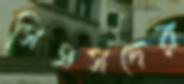
সিএসদের